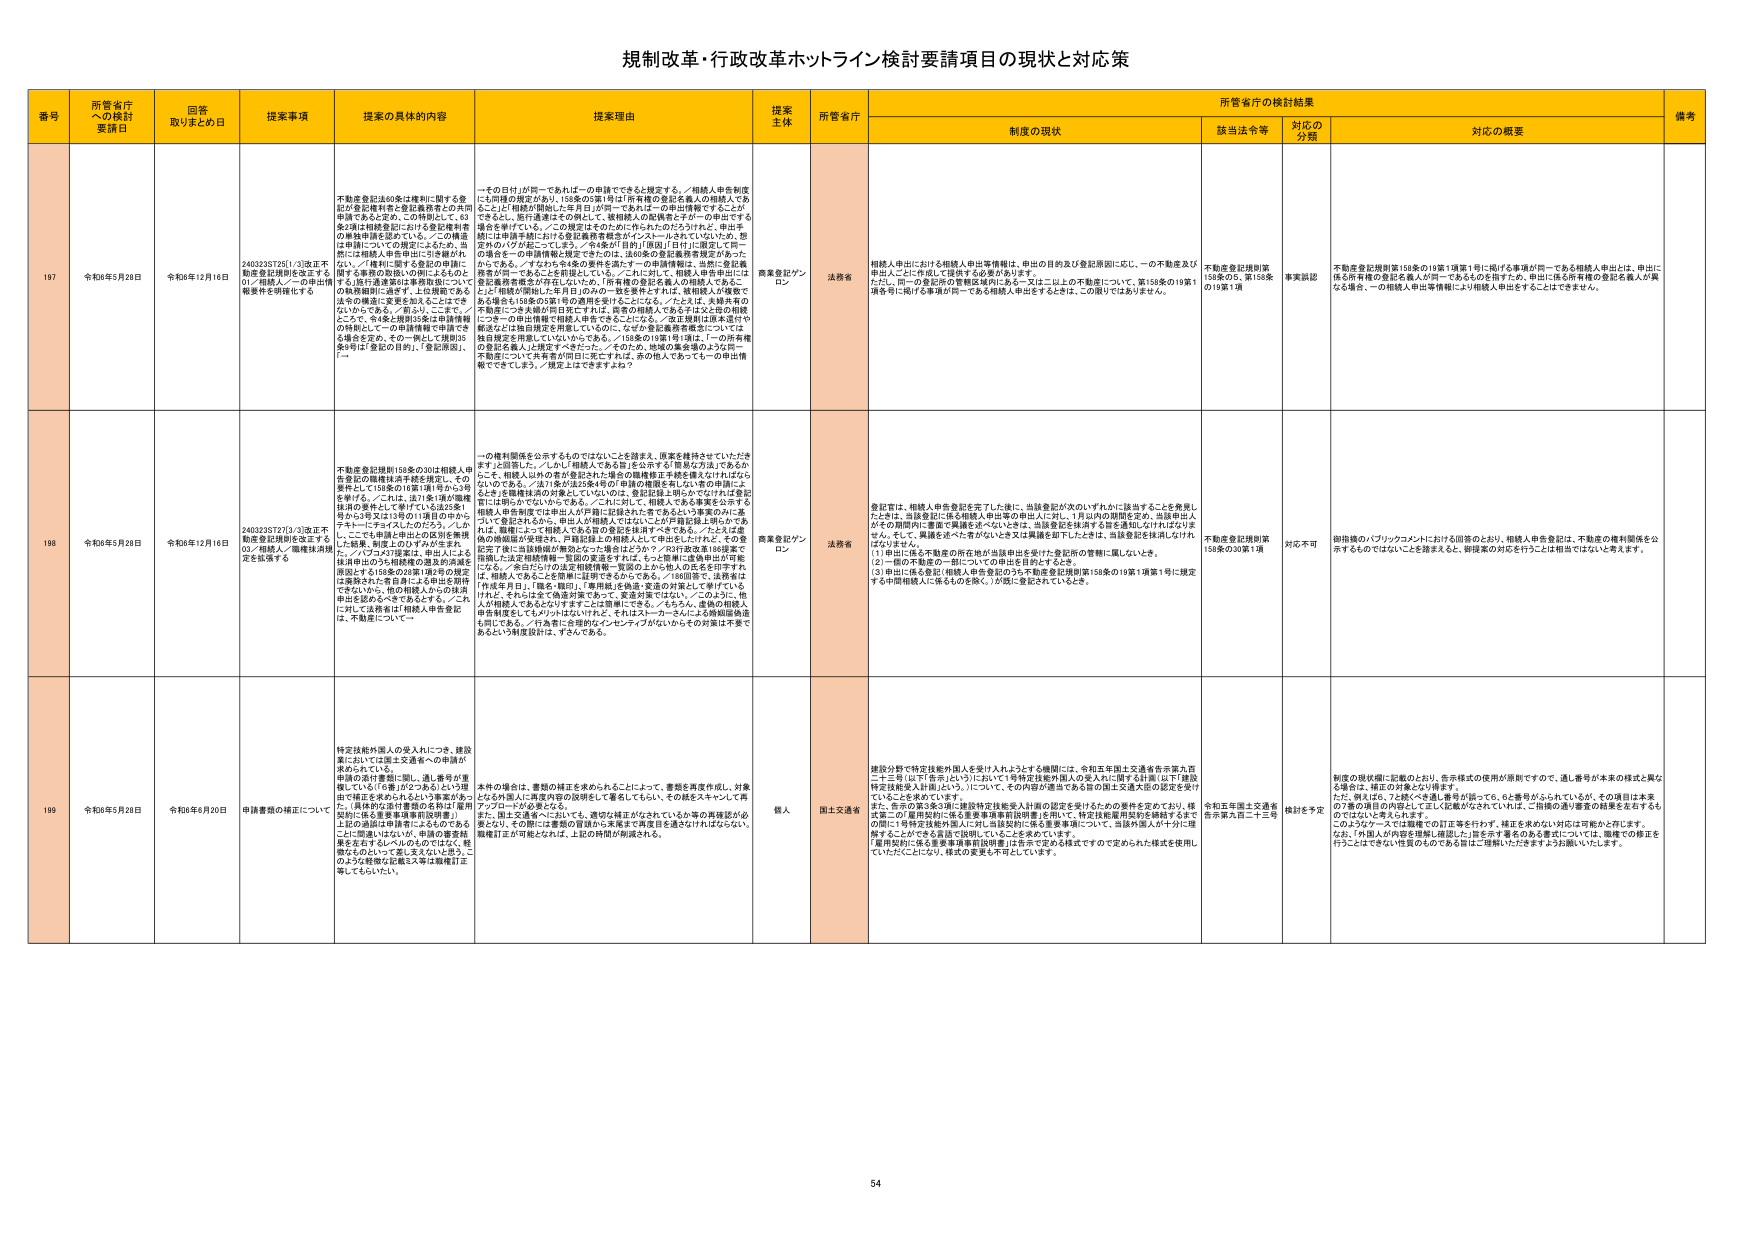
規制改革・行政改革ホットライン検討要請項目の現状と対応策

番号 所管省庁への検討要請日 回答取りまとめ日 提案事項 提案の具体的内容 提案理由 提案主体 所管省庁 制度の現状 該当法令等 対応の分類 対応の概要 備考

197 令和6年5月28日 令和6年12月16日 24032357261/3改正不動産登記規則を改正する01/相続人への申出情報提供を明確化する 不動産登記法60条は権利に関する登記が登記権利者と登記義務者との共同申請であると定め、この特例として、63条2項は相続登記における登記権利者の権限を明確化している。この措置は申請についての規定にとどめ、当然には相続人申出申込に至る過程が、ない。／権利に関する登記の申請に関する事務の取扱いの明示となるのとすると、1番不動産登記事務要領についての執務細則に過ぎず、上位規定であるこの制度に整合をとるということはできないからである。／前より、ここで、／ここで、申後を明示するには、共有権の時刻としての申請情報で申請できる場合を定め、その一例として規則35条8項は「登記の目的」、「登記原因」、「… 一その日付が同一であれば一の申請でできると規定する。／相続人申告制度にも同様の規定があり、158条の5第1号は「所有権の登記を義人の相続人であることに相続が開始した年月日が同一であれば一の申出情報ですること」ができると、別不適法であるの故に、／被相続人の配偶者などが一の申出でする場合を挙げている。／この規定はそのために作られたのだろうけれど、申出年間には申請手続における登記義務者間で同一の申出情報が一の申出情報であるのかどうかが起こってしまう。／64条が「目的」（原因）「日付」に限定して同一の場合を一の申請情報に規定できたのは、法の条の登記義務者限定があったからである。／すなわち64条の要件を満たす一の申請情報は、当然に登記義務者が同一であることを前提としている。／これに対して、相続人申告申出には登記義務者間で共有が存在しないので、「所有権の登記を義人の相続人であることに相続が開始した年月日のみの一致を要件すれば、被相続人の遺族であることを158条の3第1項の登記の目的を満たすことになる。／また、共有の登記要件に一の大綱が同日完了すれば、同等の相続人であることは2名の相続人についての申出情報で相続人申出であると、／又は共有は登記義務者限定などは独自規程を用意しているのに、なぜか登記事務要領については独自規定を用意していないからである。／158条の19第1項1項は、「一の所有権の登記を義人」に限定すべきだった。／そのため、当面の緊急事項のように一不動産について共有者が同日に死亡すれば、あの他人であっても一の申出情報でできてしまう。／規定上はどこですか？ 商業登記オンライン 法務省 相続人申出における相続人申出等情報は、申出の目的及び登記原因に応じ、一の不動産及び不動産に一に作成して提供する必要があります。 ただし、同一の登記等の管轄区域にあら一又は二以上に不動産について、第158条の19第1項各号に掲げる事項が同一である相続人申出をするときは、この限りではありません。 不動産登記規則第158条の5、第158条の19第1項 事実誤認 不動産登記規則第158条の19第1項第1号に掲げる事項が同一である相続人申出とは、申出に係る所有権の登記を義人が同一であるものを指すため、申出に係る所有権の登記を義人が異なる場合は、一の相続人申出等情報により相続人申出することはできません。

198 令和6年5月28日 令和6年12月16日 24032357273/3改正不動産登記規則を改正する02/相続人/職権抹消規定を拡張する 不動産登記規則158条の30は相続人申告登記の職権抹消手続を規定し、その要件として158条の18第1項1号から3号を挙げる。／これに、法71条1項が職権抹消の要件として挙げている法25条1号から3号と5号又は13号の11項目のから、アカトーレチャイズしたのだろう。／しかしここで、申請後申出からの別を無視した結果、制度上のひずみが生まれた。／パブリックコメント、申出とはる抹消申出のうち相続権の譲渡約束届を添記する158条の23第1項1号の規定は業務された者自身による申出を期待できないから、他の相続人からの抹消申出を認めるべきであるとする。／これに対しては諸省は「相続人申告登記は、不動産について一 一の権利関係を公示するものではないことを踏まえ、原案を維持させていただきまうと回答した。／しかし「相続人である旨」を公示する「原案な方法」であるかこそ、相続人以外の者が登記された場合の職権抹消手続を置くだければならないのである。／法71条が法25条4号の「相続の権利を有しない者の申請によくとを」を職権抹消の対象としていないのは、登記記録上明らかにされた登記者には明らかでないからである。／これに対して、相続人である事実を公示する相続人申告制度では申出人が内覧に記載された者であるという事実のみに基づいて登記されるから、申出人が相続人ではないことが再登記上明らかである。職権によって相続人である旨の登記を抹消すべきである。／たとえば虚偽の相続登記が発現され、再登記上の相続人として申出をしたけれど、その登記完了後に当該相続が無効となった場合はどうか？／20行政改革158提案で指摘した法定相続情報一覧表の実施をすれば、もっと簡単に虚偽申出が可能になる。／条文だけの法25相続情報一覧表のような申人の氏名を示すだけは、相続人であることを明確に証明できるからである。／18回答で、法務省は「申出年月日」、「姓名・職印」、「事由」を各法・文書の対象として挙げているけれど、それらは全て偽造対策であって、実定対策ではない。／このように、他人が相続人であるとみなすすることは容易にできる。／もちろん、虚偽の相続人申告制度をしてるメリットはないけれど、それはストーカーさらによる婚姻届偽造も同じである。／行為者に合理的なインセンティブがないからその対策に不要であるという制度設計は、ずるいである。 商業登記オンライン 法務省 登記官は、相続人申告登記を完了した後に、当該登記が次のいずれかに該当することを発見したときは、当該登記に係る相続人申出等の申出人に対し、1月以内の期間を定め、当該申出人がその期間内に書面で異議を述べないときは、当該登記を抹消する旨を通知しなければなりません。そして、異議を述べた者がないとき又は異議を述べたときは、当該登記を抹消しなければなりません。 （1）申出に係る不動産の所在地方当該申出を受けた登記所の管轄に属しないとき。 （2）一国の不動産の一団についての申出を目的とするとき。 （3）申出に係る登記（相続人申告登記のうち不動産登記規則第158条の19第1項第1号に規定する中間相続人に係るものを除く。）が既に登記されているとき。 不動産登記規則第158条の30第1項 対応不可 御指摘のパブリックコメントにおける回答のとおり、相続人申告登記は、不動産の権利関係を公示するものではないことを踏まえると、御提案の対応を行うことは相当ではないと考えます。

199 令和6年5月28日 令和6年6月20日 申請書類の補正について 特定技能外国人の受入れにつき、建設業においては国土交通省への申請が求められている。 申請の受付要領に認し、通し番号が重複している「6番」が2つある（という理由で補正を求められるという事案があった。［具体的な申請書類の名称は「雇用契約に係る重要事項書面説明書」］ 上記の追記は申請者によるものである。 これに関連いはないが、申請の重要結果を左右するレベルのものにはなく、軽微なものといって差し支えないと思う。このような軽微な記載ミス等は職権訂正等してもよい。 本件の場合には、書類の補正を求められることによって、書類を再度作成し、対象となる外国人に再度内容の説明をして署名してもらい、その後もスキャンして再アップロードが必要となる。 また、国土交通省へに送付して、適切な補正がなされているか等の書類認が必要となり、その間に二重書の管理から実質まで再度目を通さなければならない。 職権訂正が可能となれば、上記の時間的制限される。 個人 国土交通省 建設分野で特定技能外国人を受け入れようとする機関には、令和五年国土交通省告示第九百二十二号（以下「告示」という）において「令特定技能外国人の受入れに関する計画」（以下「建設特定技能受入れ計画」という。）について、その内容が適当である旨の国土交通大臣の認定を受けていることを求めています。 また、告示の第3条2項に建設特定技能受入れ計画の認定を受けるための要件を定めており、様式第二の「雇用契約に係る重要事項書面説明書」を用いて、特定技能雇用契約を締結するまでの間に「特特定技能外国人に対し当該契約に係る重要事項について、当該外国人が十分に理解することができる言語で説明していることを求めています。 「雇用契約に係る重要事項書面説明書」は告示で定める様式ですので定められた様式を使用していただくことになり、様式の変更も不可とします。 令和五年国土交通省告示第九百二十二号 検討を予定 制度の現状確認に記載のとおり、告示様式の使用が原則ですので、通し番号が「本表の様式と異なる場合は、補正の対象となり得ます。 ただし、例えば、72枠へを通し番号が同一で、6と番号がふられているが、その項目は本表の7番の項目の内容として正しく記載がなされていれば、ご指摘の通し番号の延長を左右するものではないと考えられます。 このようなケースでは職権での訂正等を行わず、補正を求めない対応は可能かと存じます。 なお、「外国人が内容を理解し確認した」旨を示す署名のある書式については、職権での修正を行うことはできない性質のものである旨はご理解いただきまようお願いいたします。

54